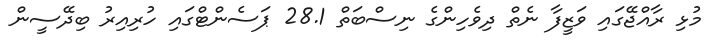
މުޅި ރާއްޖޭގައި ވަޒީފާ ނެތް ދިވެހިންގެ ނިސްބަތް 28.1 ޕަސެންޓްގައި ހުރިއިރު ބިދޭސީން